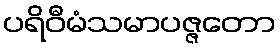
ပရိဝီမံသမာပဇ္ဇတော